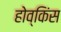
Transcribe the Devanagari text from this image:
होव्किंस